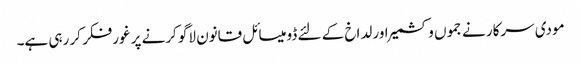
مودی سرکار نے جموں وکشمیر اور لداخ کے لئے ڈومیسائل قانون لاگو کرنے پر غورفکر کر رہی ہے۔